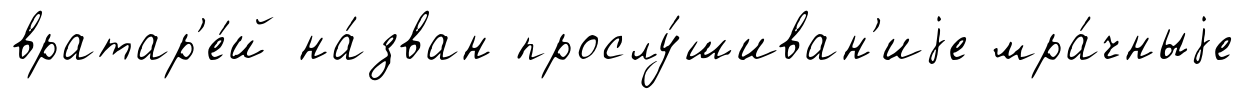
вратар'е́й на́зван прослу́шиван'иjе мра́чныjе